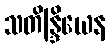
သတိန္ဒြိယေန